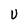
Character: U